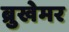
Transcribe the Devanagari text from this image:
ब्रुखेमर